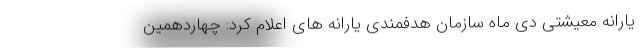
یارانه معیشتی دی ماه سازمان هدفمندی یارانه های اعلام کرد: چهاردهمین